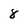
Character: 8